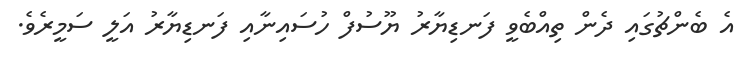
އެ ބެންޗުގައި ދެން ތިއްބެވީ ފަނޑިޔާރު ޔޫސުފް ހުސައިނާއި ފަނޑިޔާރު އަލީ ސަމީރެވެ.